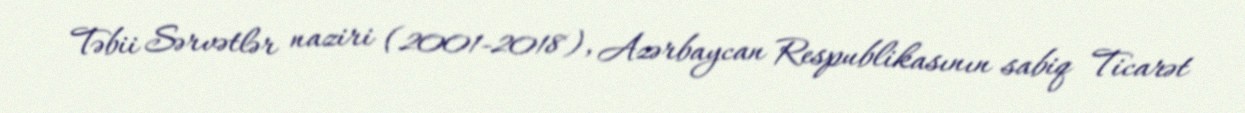
Təbii Sərvətlər naziri (2001-2018), Azərbaycan Respublikasının sabiq Ticarət